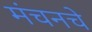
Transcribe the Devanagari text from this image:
मंचनचे